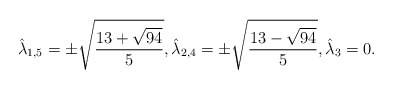
\begin{align*} \hat{\lambda}_{1,5} = \pm\sqrt{\frac{13 + \sqrt{94}}{5}}, \hat{\lambda}_{2,4} = \pm\sqrt{\frac{13 - \sqrt{94}}{5}}, \hat{\lambda}_3 = 0.\end{align*}